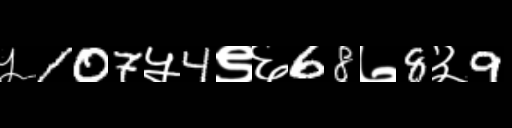
Text: ५107५4९६68७8३9